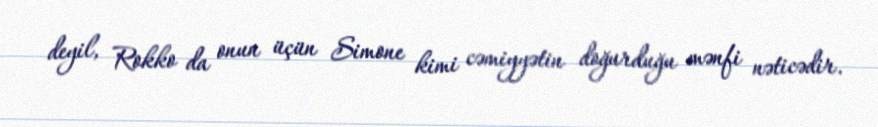
deyil, Rokko da onun üçün Simone kimi cəmiyyətin doğurduğu mənfi nəticədir.